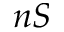
n S